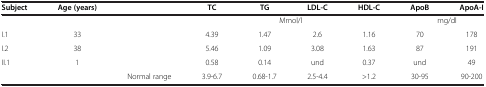
<table><thead><tr><td><b>Subject</b></td><td><b>Age (years)</b></td><td><b> </b></td><td><b>TC</b></td><td><b>TG</b></td><td><b>LDL-C</b></td><td><b>HDL-C</b></td><td><b>ApoB</b></td><td><b>ApoA-I</b></td></tr></thead><tbody><tr><td colspan="3"> </td><td colspan="4">Mmol/l</td><td colspan="2">mg/dl</td></tr><tr><td>I.1</td><td>33</td><td rowspan="3"> </td><td>4.39</td><td>1.47</td><td>2.6</td><td>1.16</td><td>70</td><td>178</td></tr><tr><td>I.2</td><td>38</td><td>5.46</td><td>1.09</td><td>3.08</td><td>1.63</td><td>87</td><td>191</td></tr><tr><td rowspan="2">II.1</td><td rowspan="2">1</td><td>0.58</td><td>0.14</td><td>und</td><td>0.37</td><td>und</td><td>49</td></tr><tr><td>Normal range</td><td>3.9-6.7</td><td>0.68-1.7</td><td>2.5-4.4</td><td>&gt;1.2</td><td>30-95</td><td>90-200</td></tr></tbody></table>